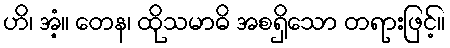
ဟိ၊ အံ့။ တေန၊ ထိုသမာဓိ အစရှိသော တရားဖြင့်။